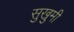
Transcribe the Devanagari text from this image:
सुखुमी